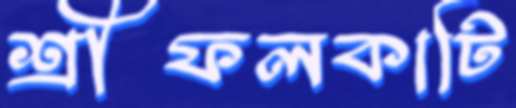
শ্রীফলকাটি